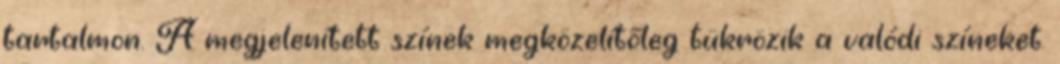
tartalmon. A megjelenített színek megközelítőleg tükrözik a valódi színeket.